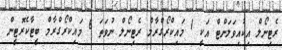
ރެޓިނޯލް އިކުއިވަލަންޓް އަކީ 1 މައިކްރޯގްރާމް ރެޓިނޯލް ނުވަތަ 6 މައިކްރޯގްރާމް ބީޓާކެރޮޓީން